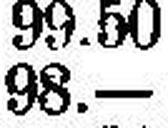
98.—